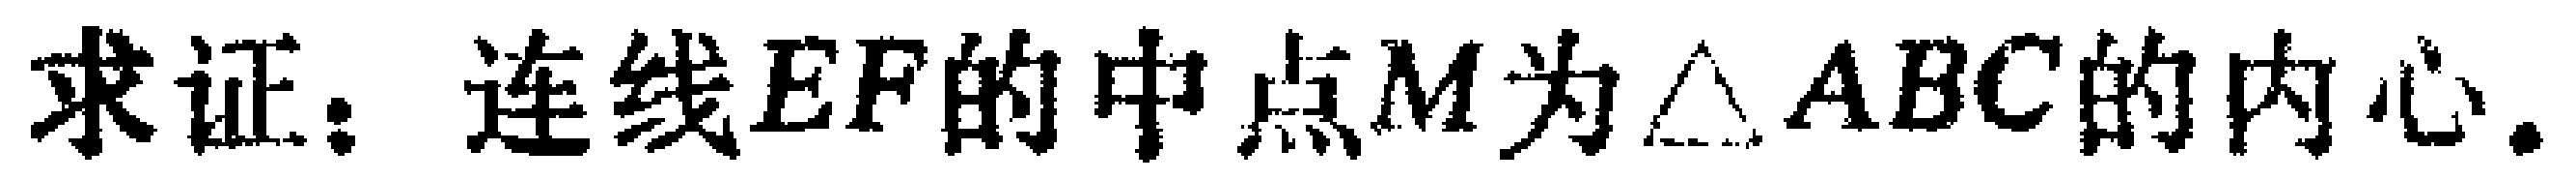
求证：连线\(EF\)的中点\(M\)为\(\triangle ABC\)的内心.